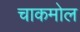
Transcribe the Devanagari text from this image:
चाकमोल